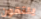
يلتقون